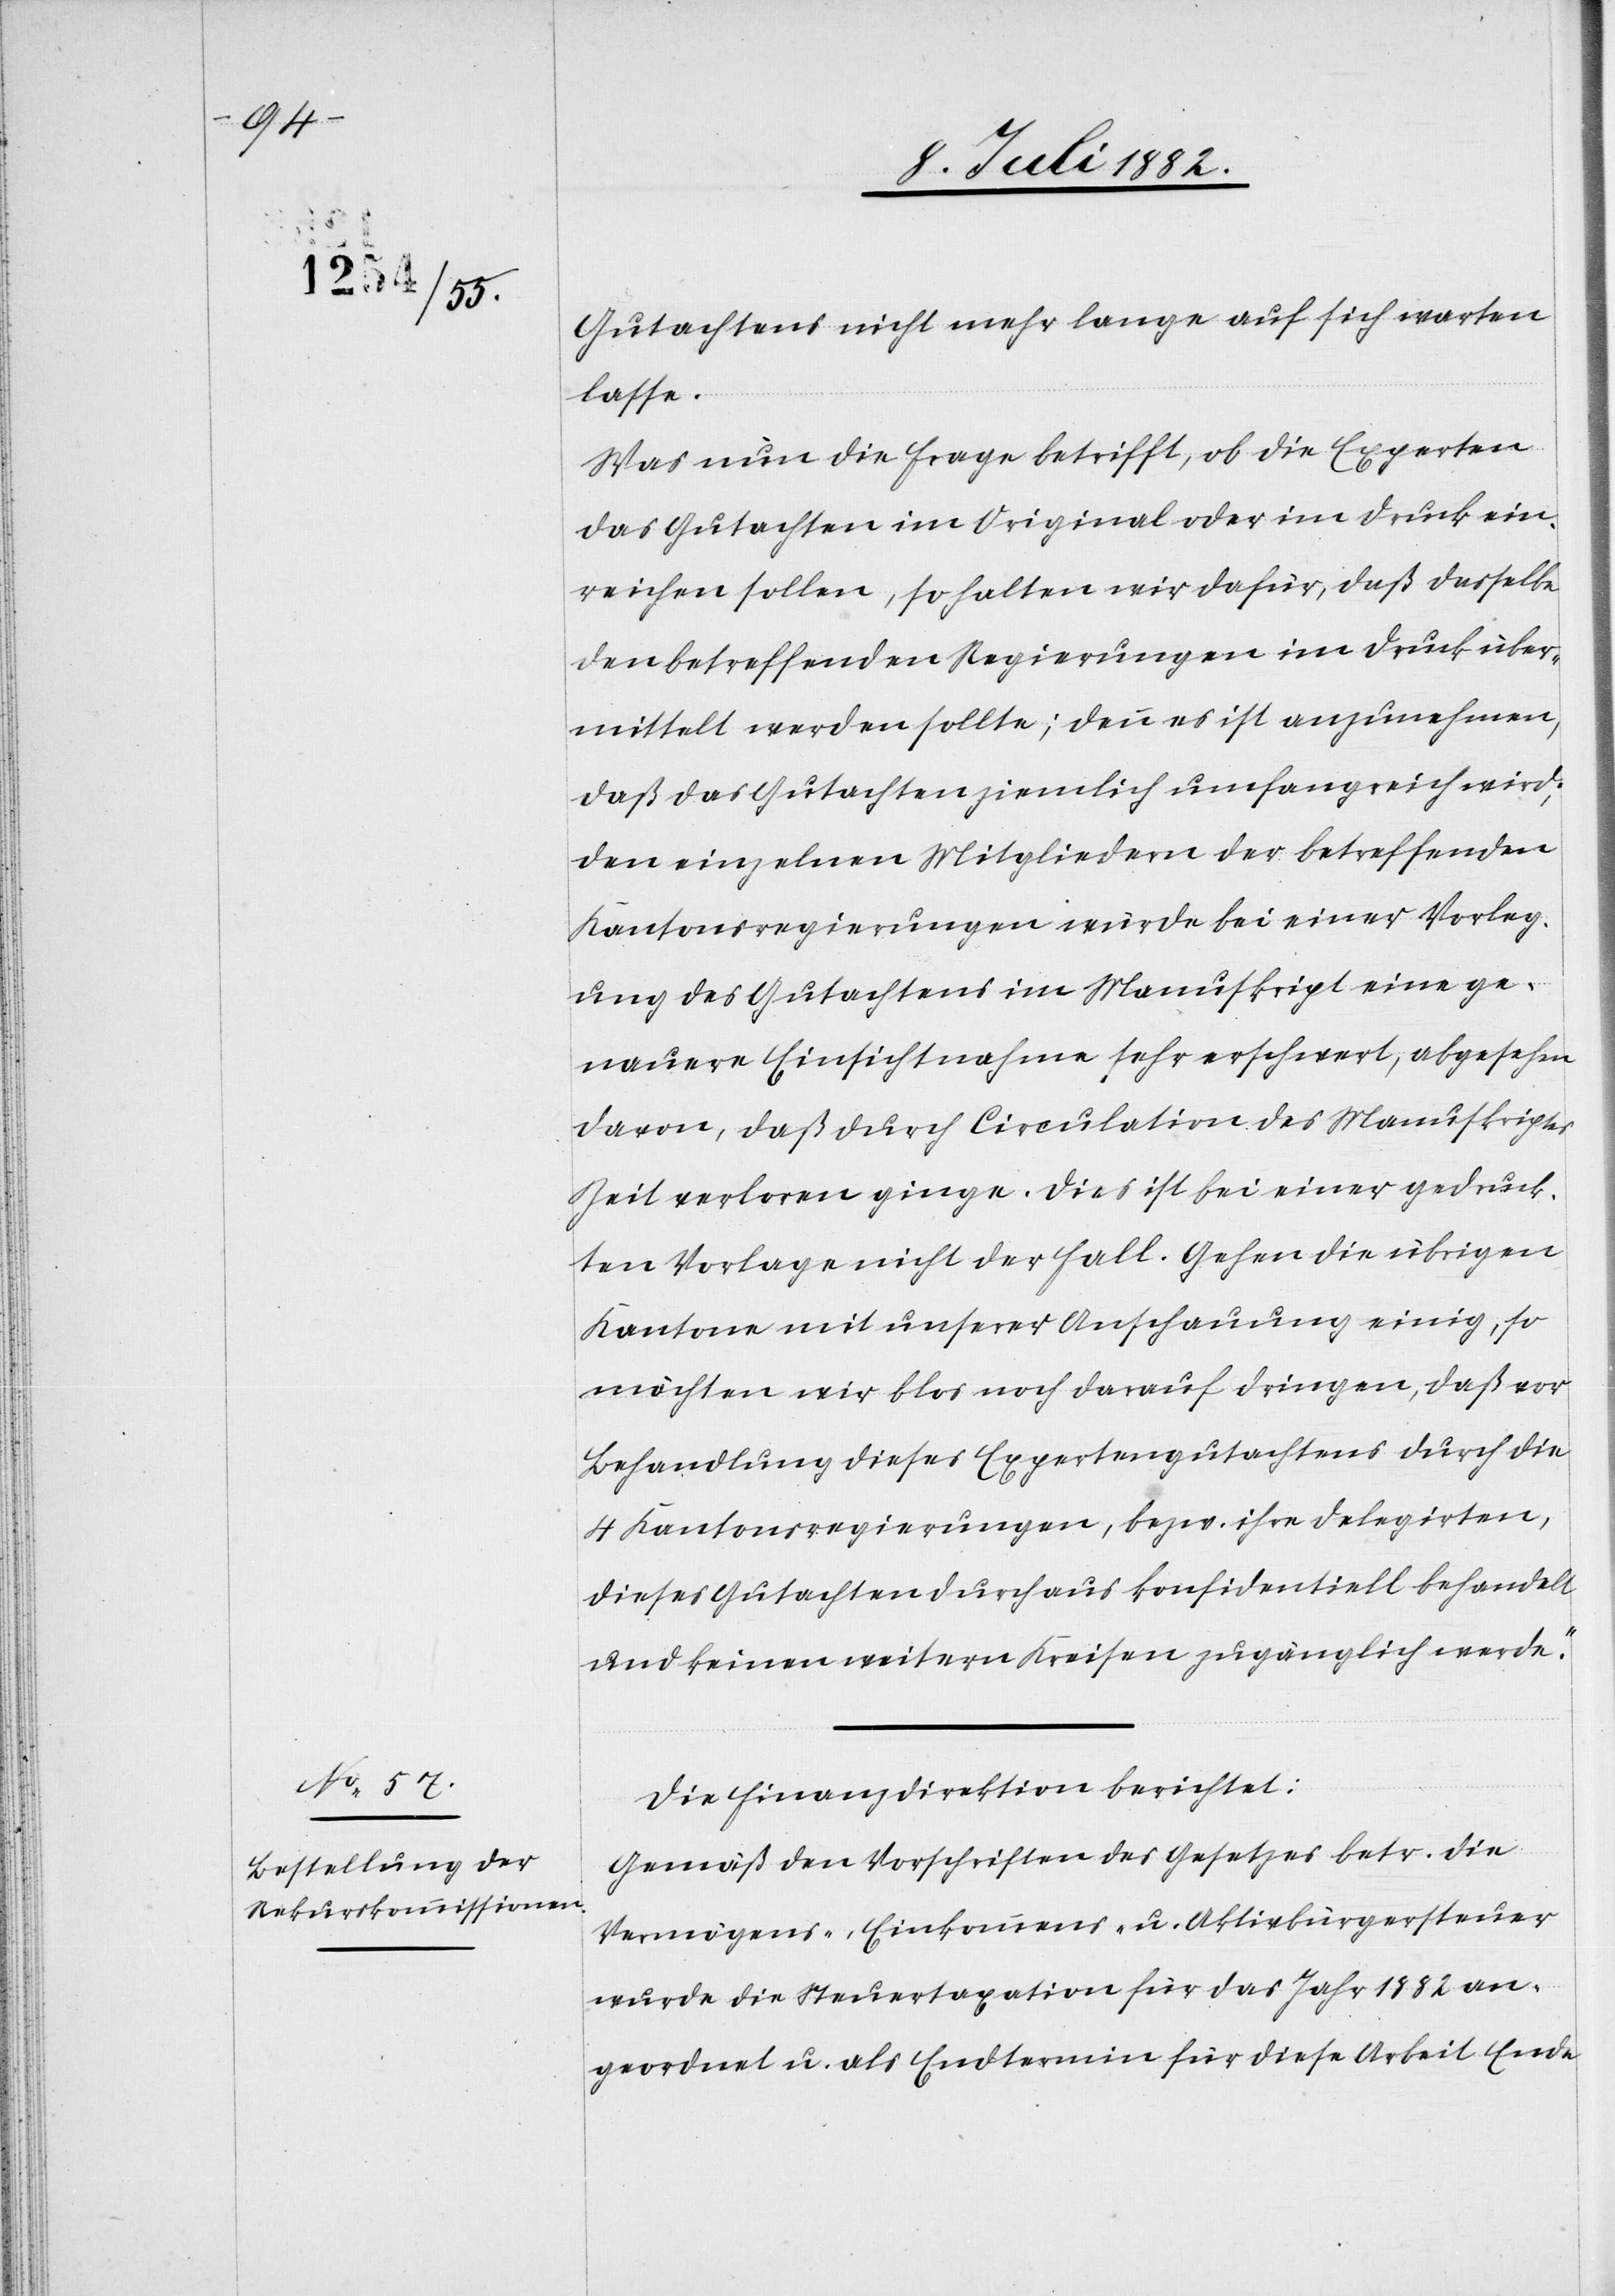
Gutachtens nicht mehr lange auf sich warten
lasse.
Was nun die Frage betrifft, ob die Experten
das Gutachten im Original oder im Druck ein¬
reichen sollen, so halten wir dafür, daß dasselbe
den betreffenden Regierungen im Druck über¬
mittelt werden sollte; denn es ist anzunehmen,
daß das Gutachten ziemlich umfangreich wird;
den einzelnen Mitgliedern der betreffenden
Kantonsregierungen würde bei einer Vorleg¬
ung des Gutachtens im Manuskript eine ge¬
nauere Einsichtnahme sehr erschwert, abgesehen
davon, daß durch Circulation des Manuskripts
Zeit verloren ginge. Dies ist bei einer gedruck¬
ten Vorlage nicht der Fall. Gehen die übrigen
Kantone mit unserer Anschauung einig, so
möchten wir blos noch darauf dringen, daß vor
Behandlung dieses Expertengutachtens durch die
4 Kantonsregierungen, bezw. ihre Delegirten,
dieses Gutachten durchaus konfidentiell behandelt
und keinen weitern Kreisen zugänglich werde.“
Die Finanzdirektion berichtet:
Gemäß den Vorschriften des Gesetzes betr. die
Vermögens-, Einkommens- u. Aktivbürgersteuer
wurde die Steuertaxation für das Jahr 1882 an¬
geordnet u. als Endtermin für diese Arbeit Ende